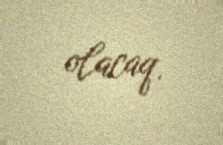
olacaq.